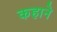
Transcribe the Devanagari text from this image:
कहाने